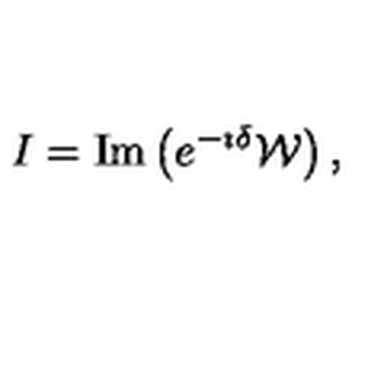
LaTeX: I = \mathrm { I m } \left( e ^ { - \imath \delta } { \cal W } \right) ,